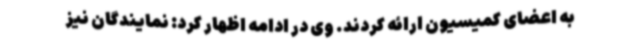
به اعضای کمیسیون ارائه کردند. وی در ادامه اظهار کرد: نمایندگان نیز